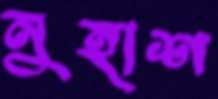
নুহাশ